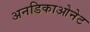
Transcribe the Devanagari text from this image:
अनडिकाओनेट